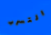
التسرب